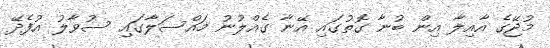
މުޖޭގެ އާއިލާ އިން ބުނާ ގޮތުގައި އޭނާ ގެއްލުނު މައްސަލާގައި ސުވާލު އުފެދޭ